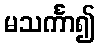
မသင်္ကာ၍